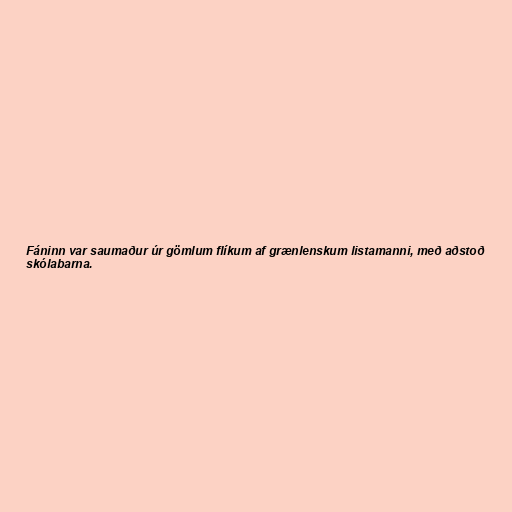
Fáninn var saumaður úr gömlum flíkum af grænlenskum listamanni, með aðstoð
skólabarna.